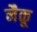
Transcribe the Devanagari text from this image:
नैकू